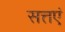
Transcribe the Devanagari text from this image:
सत्तएं